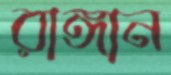
রাঙ্গান